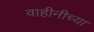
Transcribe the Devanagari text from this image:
वाहीनीच्या